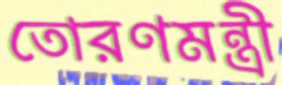
তোরণমন্ত্রী